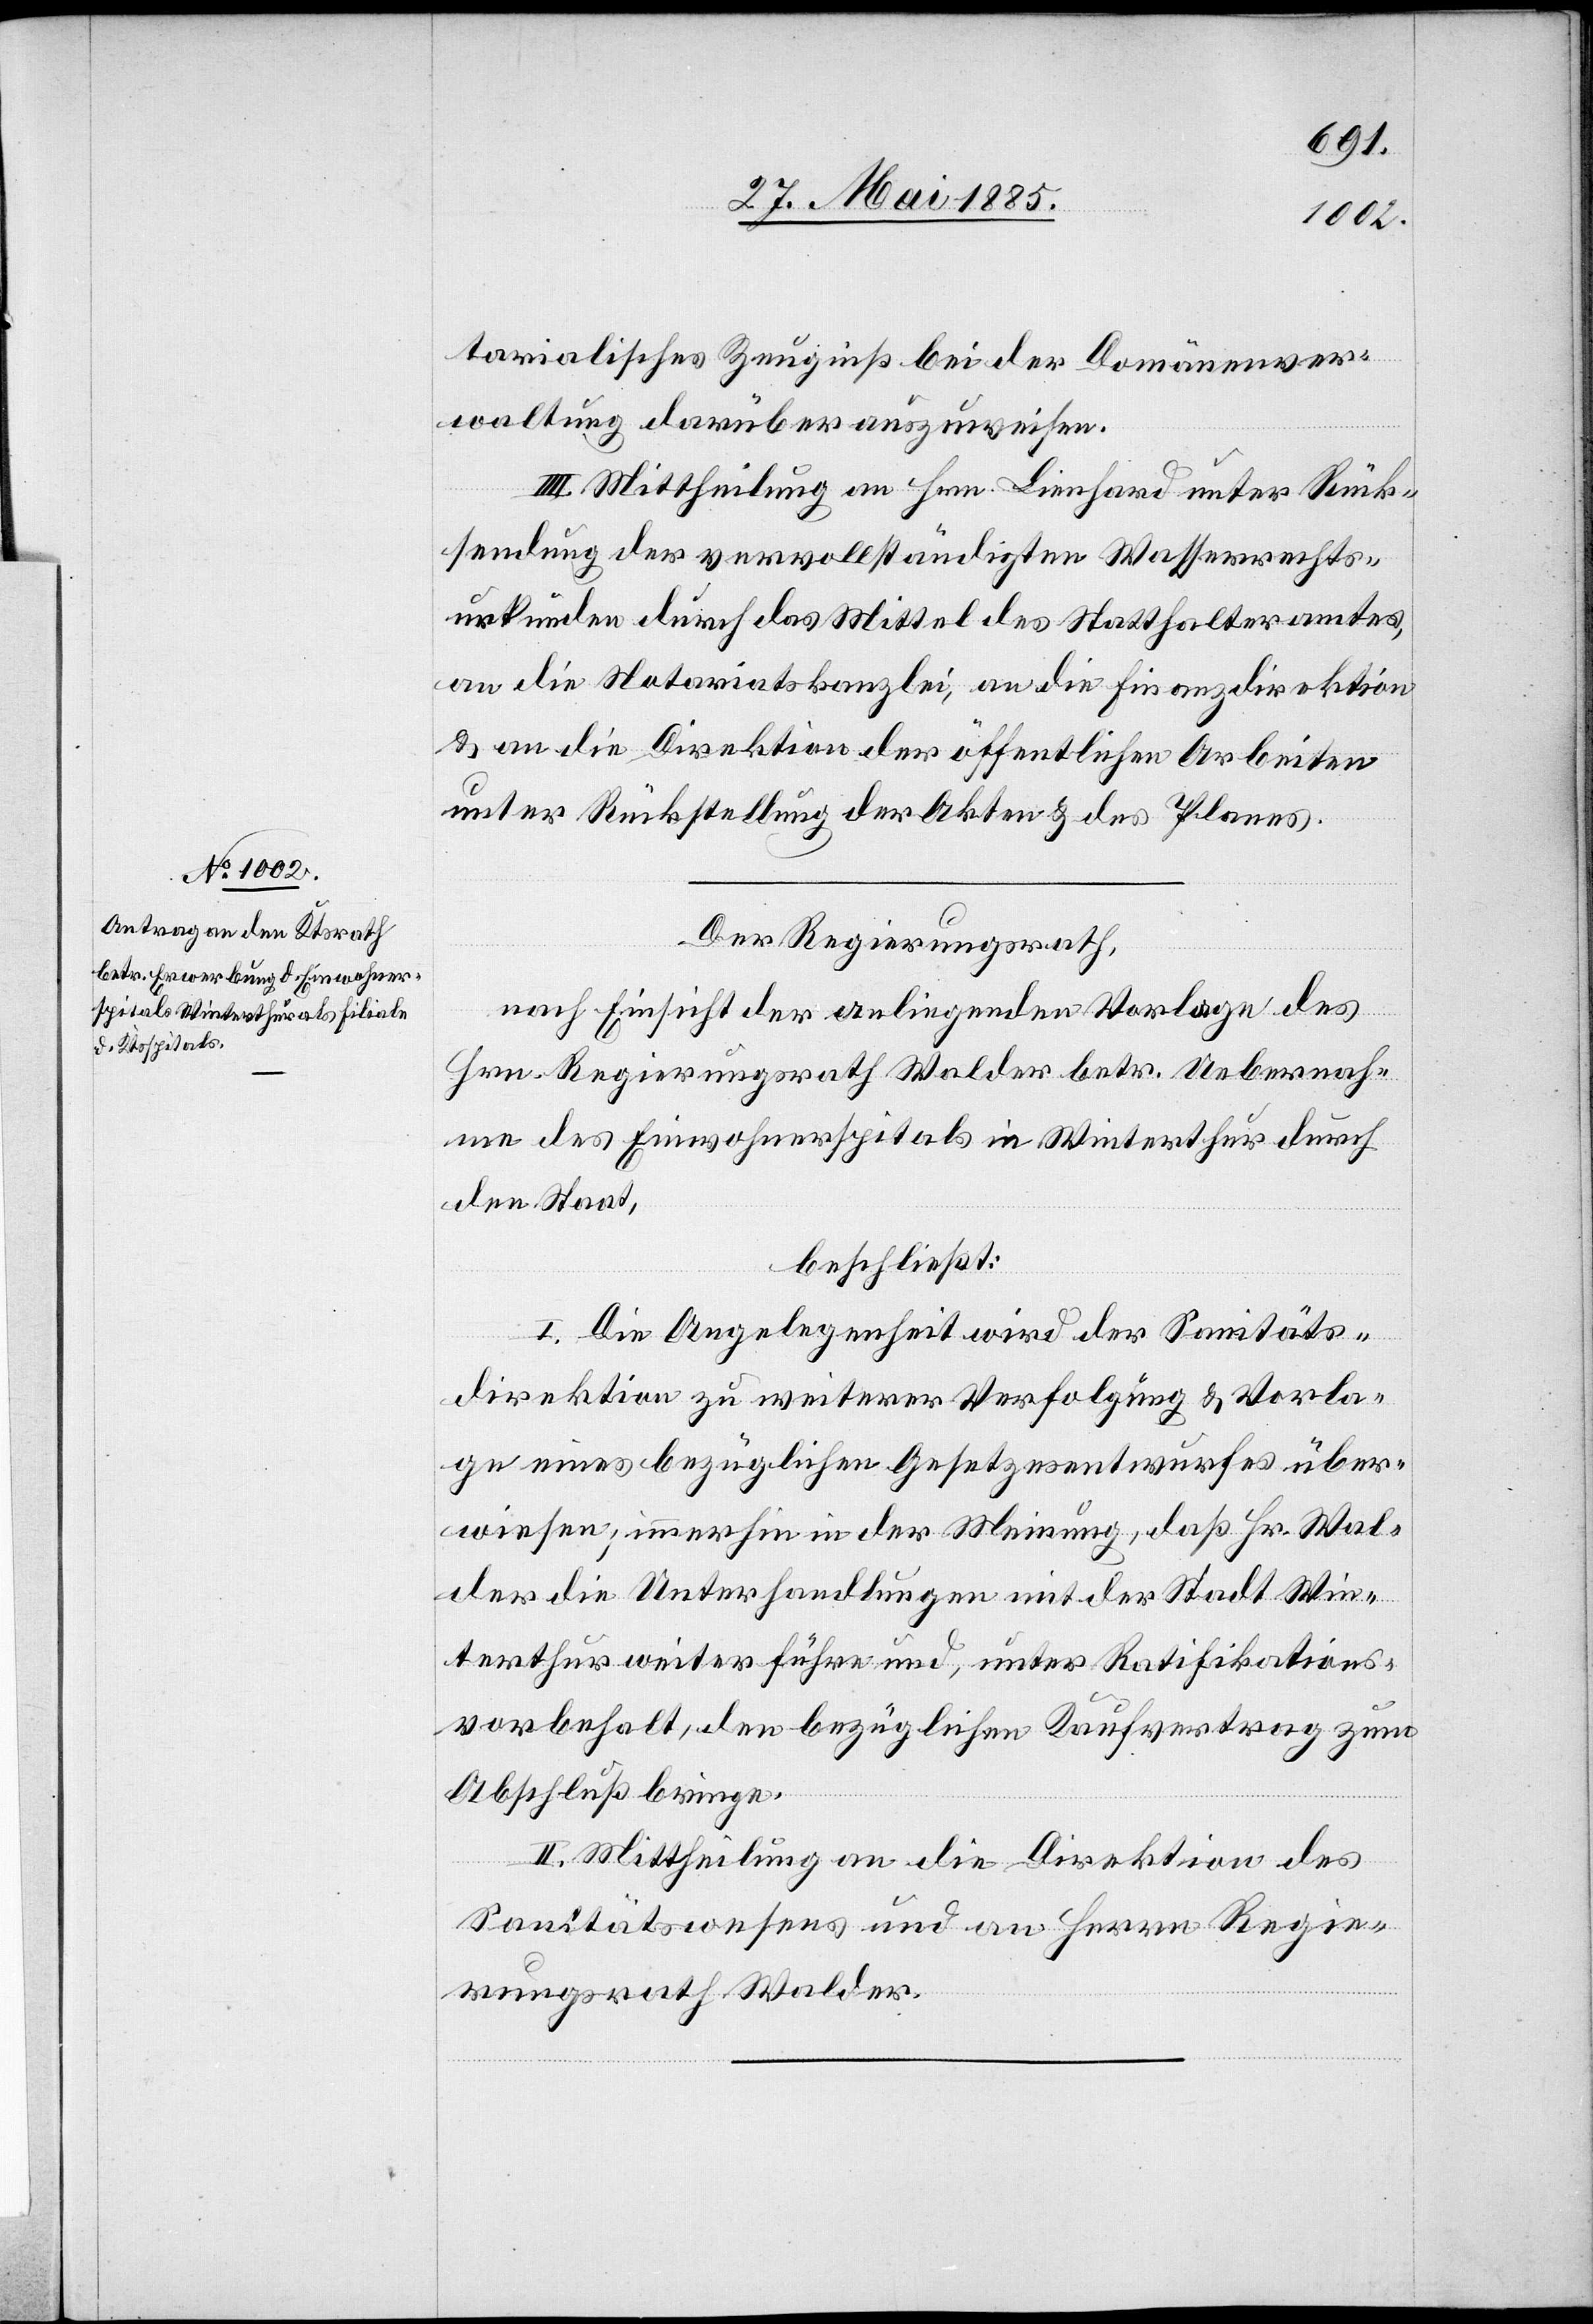
tarialisches Zeugniß bei der Domänenver¬
waltung darüber auszuweisen.
IV. Mittheilung an Hrn. Lienhard unter Rück¬
sendung der vervollständigten Wasserrechts¬
urkunden durch das Mittel des Statthalteramtes,
an die Notariatskanzlei, an die Finanzdirektion
& an die Direktion der öffentlichen Arbeiten
unter Rückstellung der Akten & des Planes.
Der Regierungsrath,
nach Einsicht der anliegenden Vorlage des
Hrn. Regierungsrath Walder betr. Uebernah¬
me des Einwohnerspitals in Winterthur durch
den Staat,
beschließt:
I. Die Angelegenheit wird der Sanitäts¬
direktion zu weiterer Verfolgung & Vorla¬
ge eines bezüglichen Gesetzesentwurfes über¬
wiesen; immerhin in der Meinung, daß Hr. Wal¬
der die Unterhandlungen mit der Stadt Win¬
terthur weiter führe und, unter Ratifikations¬
vorbehalt, den bezüglichen Kaufsvertrag zum
Abschluß bringe.
II. Mittheilung an die Direktion des
Sanitätswesens und an Herrn Regie¬
rungsrath Walder.